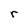
Character: r